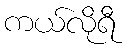
ကယ်လိုရီ